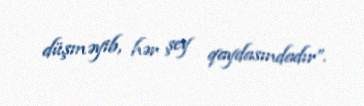
düşməyib, hər şey qaydasındadır”.